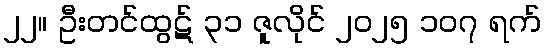
၂၂။ ဦးတင်ထွဋ် ၃၁ ဇူလိုင် ၂၀၂၅ ၁၀၇ ရက်